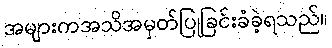
အများကအသိအမှတ်ပြုခြင်းခံခဲ့ရသည်။